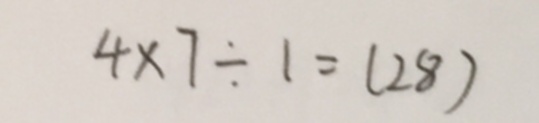
4 \times 7 \div 1 = ( 2 8 )